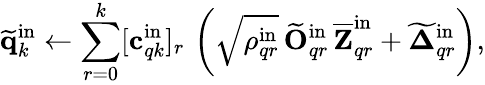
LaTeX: \widetilde{\mathbf{q}}_{k}^{\mathrm{in}}\gets\sum_{r=0}^{k}[\mathbf{c}_{qk}^{\mathrm{in}}]_{r}\, \left(\sqrt{\rho_{qr}^{\mathrm{in}}}\, \widetilde{\mathbf{O}}_{qr}^{\mathrm{in}}\, \overline{{\mathbf{Z}}}_{qr}^{\mathrm{in}}+\widetilde{\boldsymbol{\Delta}}_{qr}^{\mathrm{in}}\right),